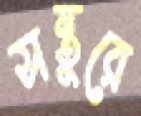
সন্তুরে